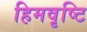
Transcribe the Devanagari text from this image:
हिमवृष्टि